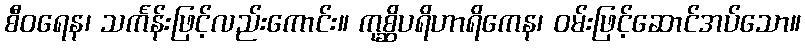
စီဝရေန၊ သင်္ကန်းဖြင့်လည်းကောင်း။ ကုစ္ဆိပရိဟာရိကေန၊ ဝမ်းဖြင့်ဆောင်အပ်သော။